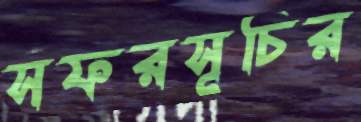
সফরসূচির